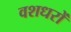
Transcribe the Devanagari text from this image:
वशधरों